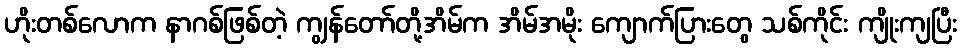
ဟိုးတစ်လောက နာဂစ်ဖြစ်တဲ့ ကျွန်တော်တို့အိမ်က အိမ်အမိုး ကျောက်ပြားတွေ သစ်ကိုင်း ကျိုးကျပြီး